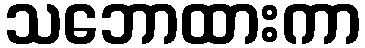
သဘောထားကာ